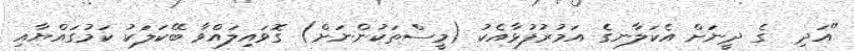
"އަދި  ގެ ދީނަށް އެކަލާނގެ އަމުރުފުޅާއެކު (މީސްތަކުންނަށް) ގޮވައިލައްވާ ބޭކަލަކު ކަމުގައްޔާއި